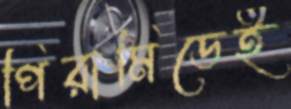
পিরামিডেই